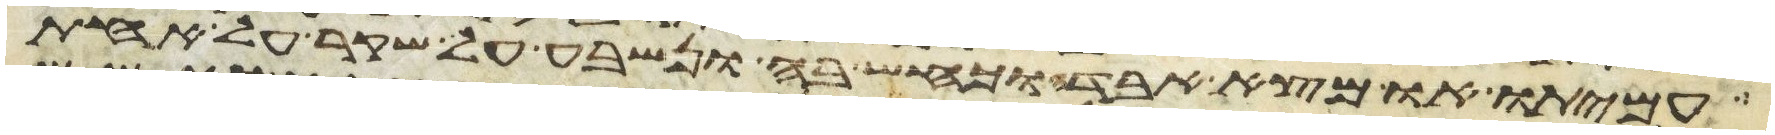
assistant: עמיתו או מצא אבדה וכחש בה ונשבע על שקר על אחת